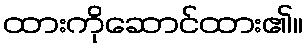
ထားကိုဆောင်ထား၏။